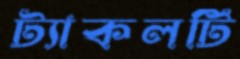
ট্যাকলটি